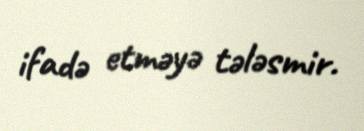
ifadə etməyə tələsmir.